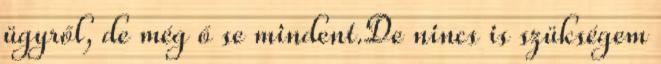
ügyről, de még ő se mindent.De nincs is szükségem